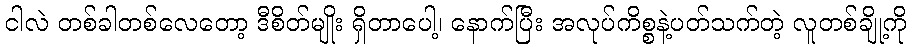
ငါလဲ တစ်ခါတစ်လေတော့ ဒီစိတ်မျိုး ရှိတာပေါ့၊ နောက်ပြီး အလုပ်ကိစ္စနဲ့ပတ်သက်တဲ့ လူတစ်ချို့ကို